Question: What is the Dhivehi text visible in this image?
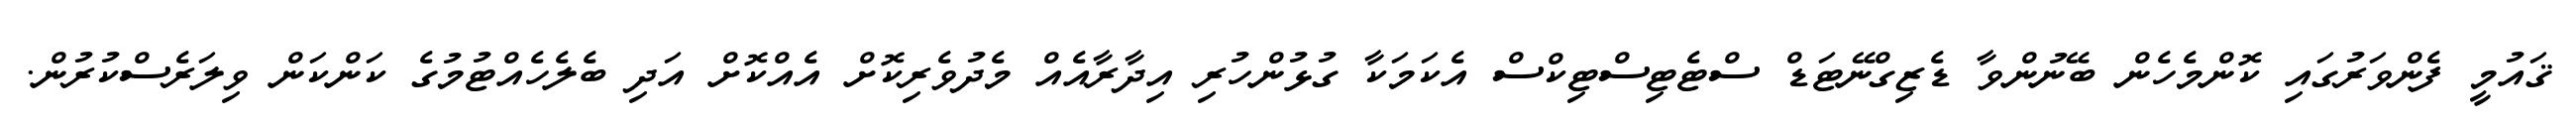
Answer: ޤައުމީ ފެންވަރުގައި ކޮންމެހެން ބޭނުންވާ ޑެޒިގްނޭޓަޑް ސްޓެޓިސްޓިކްސް އެކަމަކާ ގުޅުންހުރި އިދާރާއެއް މެދުވެރިކޮށް އެއްކޮށް އަދި ބެލެހެއްޓުމުގެ ކަންކަން ވިލަރެސްކުރުން.